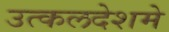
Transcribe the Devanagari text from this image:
उत्कलदेशमे